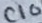
Text: C10